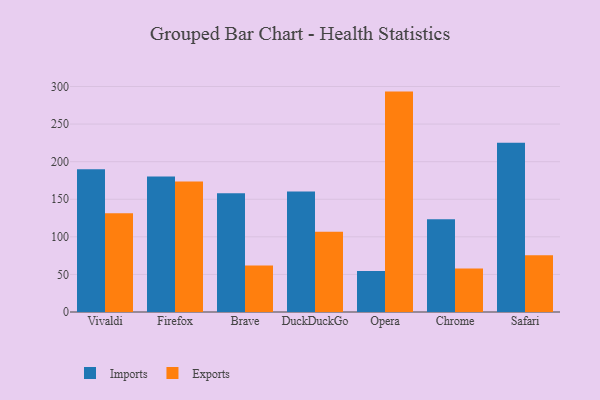
{"axis": {"x": "Browser", "y": "Active Users"}, "legend": ["Exports", "Imports"], "data": [{"x": "Vivaldi", "y": 189.8, "type": "Imports"}, {"x": "Vivaldi", "y": 131.3, "type": "Exports"}, {"x": "Firefox", "y": 180.2, "type": "Imports"}, {"x": "Firefox", "y": 173.7, "type": "Exports"}, {"x": "Brave", "y": 158.0, "type": "Imports"}, {"x": "Brave", "y": 61.7, "type": "Exports"}, {"x": "DuckDuckGo", "y": 160.3, "type": "Imports"}, {"x": "DuckDuckGo", "y": 106.6, "type": "Exports"}, {"x": "Opera", "y": 54.6, "type": "Imports"}, {"x": "Opera", "y": 293.2, "type": "Exports"}, {"x": "Chrome", "y": 123.4, "type": "Imports"}, {"x": "Chrome", "y": 57.9, "type": "Exports"}, {"x": "Safari", "y": 225.0, "type": "Imports"}, {"x": "Safari", "y": 75.5, "type": "Exports"}]}